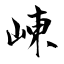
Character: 崠